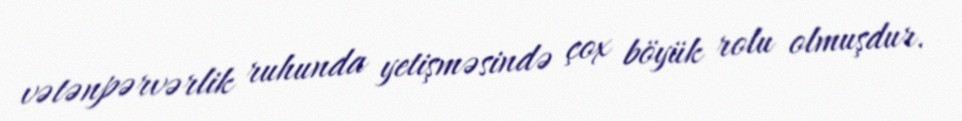
vətənpərvərlik ruhunda yetişməsində çox böyük rolu olmuşdur.